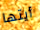
أيتها